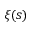
\xi ( s )